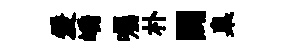
爰嶠囑朴闢臬